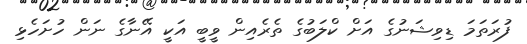
ފުރަތަމަ ޑިވިޝަނުގެ އަށް ކްލަބުގެ ތެރެއިން ވީބީ އަކީ އޭނާގެ ނަން ހުށަހެޅި